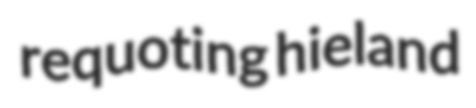
requoting hieland